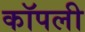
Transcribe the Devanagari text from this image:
कॉपली